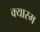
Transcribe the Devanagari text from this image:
क्यारम